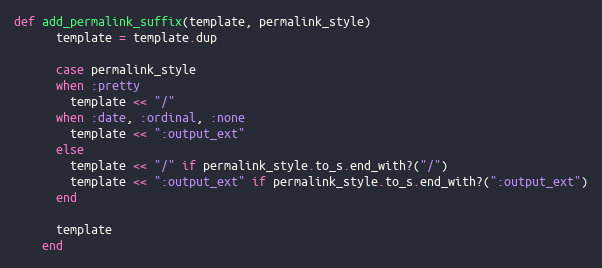
Language: Ruby
def add_permalink_suffix(template, permalink_style)
      template = template.dup

      case permalink_style
      when :pretty
        template << "/"
      when :date, :ordinal, :none
        template << ":output_ext"
      else
        template << "/" if permalink_style.to_s.end_with?("/")
        template << ":output_ext" if permalink_style.to_s.end_with?(":output_ext")
      end

      template
    end